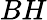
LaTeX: BH